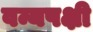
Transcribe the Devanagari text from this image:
वन्यपक्षी